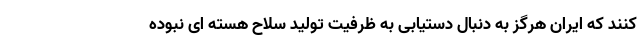
کنند که ایران هرگز به دنبال دستیابی به ظرفیت تولید سلاح هسته ای نبوده